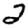
Digit: 2